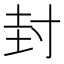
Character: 封